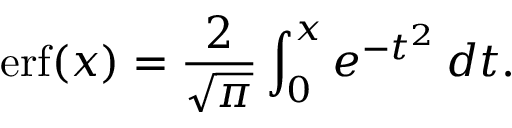
\operatorname { e r f } ( x ) = { \frac { 2 } { \sqrt { \pi } } } \int _ { 0 } ^ { x } e ^ { - t ^ { 2 } } \, d t .